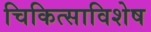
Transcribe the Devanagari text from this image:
चिकित्साविशेष